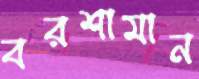
বরশামান